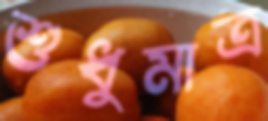
শুধুমাত্র